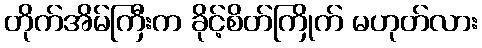
တိုက်အိမ်ကြီးက ခိုင့်စိတ်ကြိုက် မဟုတ်လား